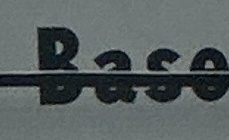
Base